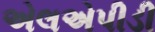
એલએપીડી